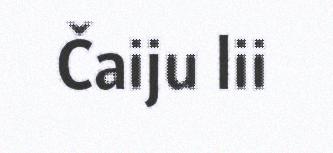
Čaiju lii